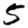
Digit: 5